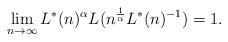
LaTeX: \begin{align*}\lim_{n\rightarrow\infty} L^\ast(n)^\alpha L(n^{\frac{1}{\alpha}}L^\ast(n)^{-1}) = 1.\end{align*}